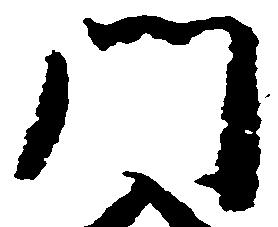
門